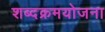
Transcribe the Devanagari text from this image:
शब्दक्रमयोजना